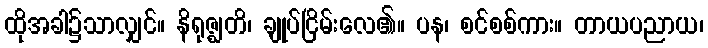
ထိုအခါ၌သာလျှင်။ နိရုဇ္ဈတိ၊ ချုပ်ငြိမ်းလေ၏။ ပန၊ စင်စစ်ကား။ တာယပညာယ၊